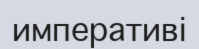
императиві